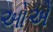
ઓએ